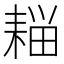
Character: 䎩